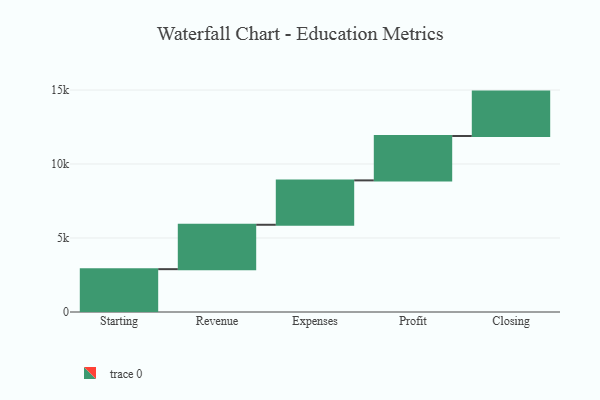
{"axis": {"x": "Step", "y": "Value"}, "legend": [""], "data": [{"x": "Starting", "y": 2895.0, "type": ""}, {"x": "Revenue", "y": 3000, "type": ""}, {"x": "Expenses", "y": 3000, "type": ""}, {"x": "Profit", "y": 3000, "type": ""}, {"x": "Closing", "y": 3000, "type": ""}]}